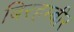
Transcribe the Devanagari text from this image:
बिरहम्बीर